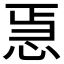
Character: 𭜳